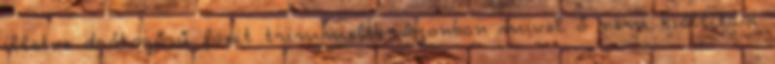
illetve drótszőrű foxit trimmelik. Azonban mivel ő nem kiállítási